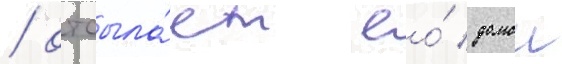
/ отсыла́ет ео́ домои